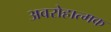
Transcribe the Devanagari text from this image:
अवरोहात्मक